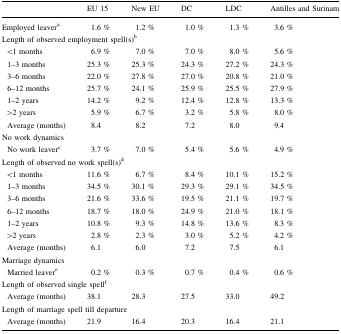
|  | EU 15 | New EU | DC | LDC | Antilles and Surinam |
 | --- | --- | --- | --- | --- | --- |
 | Employed leavera | 1.6 % | 1.2 % | 1.0 % | 1.3 % | 3.6 % |
 | <COLSPAN=6> Length of observed employment spell(s)b |
 | <1 months | 6.9 % | 7.0 % | 7.0 % | 8.0 % | 5.6 % |
 | 1–3 months | 25.3 % | 25.3 % | 24.3 % | 27.2 % | 24.3 % |
 | 3–6 months | 22.0 % | 27.8 % | 27.0 % | 20.8 % | 21.0 % |
 | 6–12 months | 25.7 % | 24.1 % | 25.9 % | 25.5 % | 27.9 % |
 | 1–2 years | 14.2 % | 9.2 % | 12.4 % | 12.8 % | 13.3 % |
 | >2 years | 5.9 % | 6.7 % | 3.2 % | 5.8 % | 8.0 % |
 | Average (months) | 8.4 | 8.2 | 7.2 | 8.0 | 9.4 |
 | <COLSPAN=6> No work dynamics |
 | No work leaverc | 3.7 % | 7.0 % | 5.4 % | 5.6 % | 4.9 % |
 | <COLSPAN=6> Length of observed no work spell(s)d |
 | <1 months | 11.6 % | 6.7 % | 8.4 % | 10.1 % | 15.2 % |
 | 1–3 months | 34.5 % | 30.1 % | 29.3 % | 29.1 % | 34.5 % |
 | 3–6 months | 21.6 % | 33.6 % | 19.5 % | 21.1 % | 19.7 % |
 | 6–12 months | 18.7 % | 18.0 % | 24.9 % | 21.0 % | 18.1 % |
 | 1–2 years | 10.8 % | 9.3 % | 14.8 % | 13.6 % | 8.3 % |
 | >2 years | 2.8 % | 2.3 % | 3.0 % | 5.2 % | 4.2 % |
 | Average (months) | 6.1 | 6.0 | 7.2 | 7.5 | 6.1 |
 | <COLSPAN=6> Marriage dynamics |
 | Married leavere | 0.2 % | 0.3 % | 0.7 % | 0.4 % | 0.6 % |
 | <COLSPAN=6> Length of observed single spellf |
 | Average (months) | 38.1 | 28.3 | 27.5 | 33.0 | 49.2 |
 | <COLSPAN=6> Length of marriage spell till departure |
 | Average (months) | 21.9 | 16.4 | 20.3 | 16.4 | 21.1 |